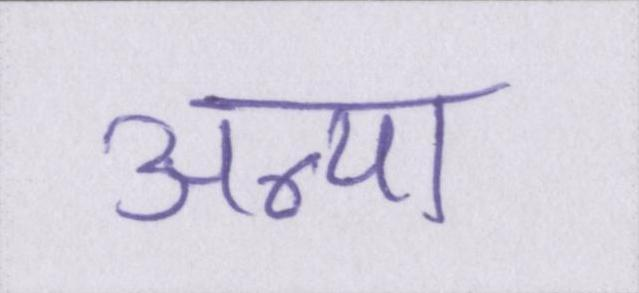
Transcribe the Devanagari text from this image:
अन्या